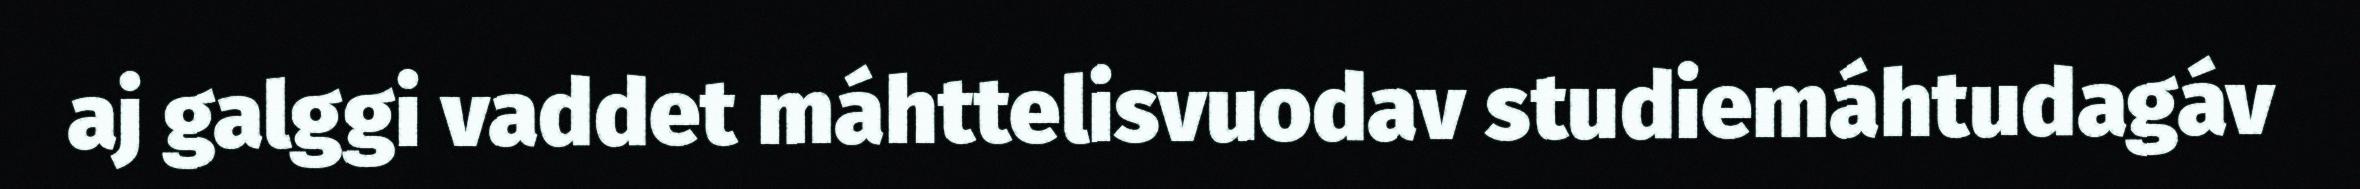
aj galggi vaddet máhttelisvuodav studiemáhtudagáv